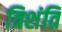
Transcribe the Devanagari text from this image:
त्रिशंति